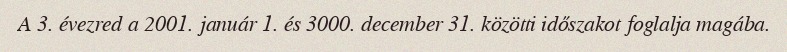
A 3. évezred a 2001. január 1. és 3000. december 31. közötti időszakot foglalja magába.